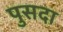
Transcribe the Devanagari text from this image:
पुसदा